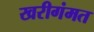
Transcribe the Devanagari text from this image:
खरीगंमत